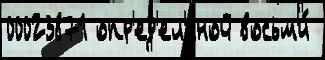
00023871 опр'ед'ел'́нной восьм'и́